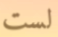
لست